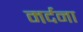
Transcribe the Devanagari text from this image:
मर्दना